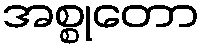
အစ္စုတော